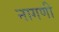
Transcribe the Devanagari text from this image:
नागणी